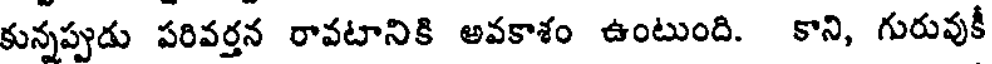
కున్నప్పుడు పరివర్తన రావటానికి అవకాశం ఉంటుంది. కాని, గురువుకీ